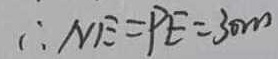
\therefore N E = P E = 3 0 m